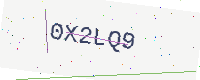
Text: 0X2LQ9